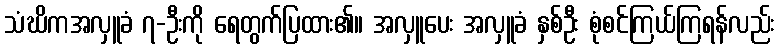
သံဃိကအလှူခံ ၇-ဦးကို ရေတွက်ပြထား၏။ အလှူပေး အလှူခံ နှစ်ဦး စုံစင်ကြယ်ကြရန်လည်း